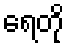
ရေတို